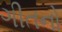
ગીતનો